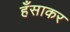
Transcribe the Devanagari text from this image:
हँसाकर